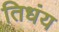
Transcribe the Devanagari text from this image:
तिधंय